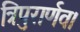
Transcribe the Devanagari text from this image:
त्रिपुरार्णव।